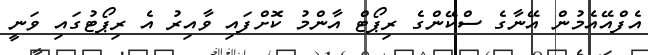
އެފްއޭއެމުން އޭނާގެ ސްކޭންގެ ރިޕޯޓް އާންމު ކޮށްފައި ވާއިރު އެ ރިޕޯޓުގައި ވަނީ